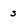
Character: 3